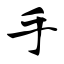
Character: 手